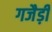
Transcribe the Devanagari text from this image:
गजैड़ी